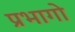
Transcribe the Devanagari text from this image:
प्रभागो